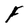
Character: F